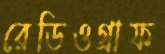
রেডিওগ্রাফ